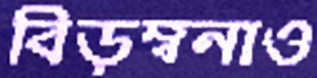
বিড়ম্বনাও